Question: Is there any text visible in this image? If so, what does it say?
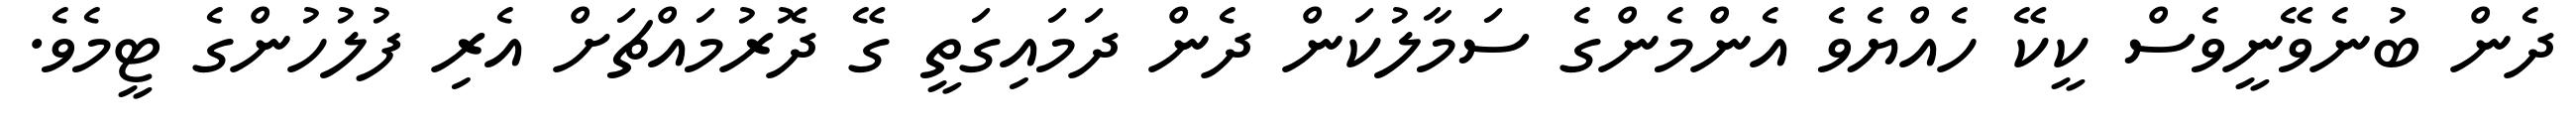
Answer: ދެން ބުނެވޭނީވެސް ކީކޭ ހެއްޔެވެ އެންމެންގެ ސަމާލުކަން ދެން ދަމައިގަތީ ގޭ ދޮރުމައްޗަށް އެރި ފުލުހުންގެ ޓީމެވެ.